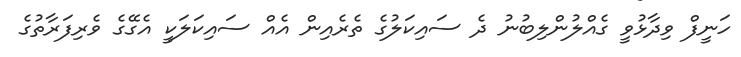
ހަނީފް ވިދާޅުވީ ގެއްލުންލިބުނު ދެ ސައިކަލުގެ ތެެރެއިން އެއް ސައިކަލަކީ އެގޭގެ ވެރިފަރާތުގެ